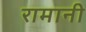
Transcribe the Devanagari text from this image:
रामानी